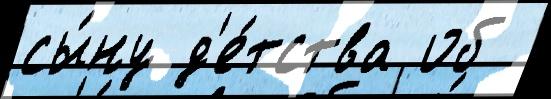
сы́ну д'е́тства об